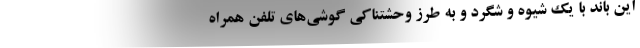
این باند با یک شیوه و شگرد و به طرز وحشتناکی گوشی‌های تلفن همراه